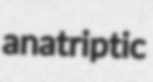
anatriptic